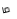
ما